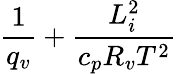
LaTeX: \frac{1}{q_{v}}+\frac{L_{i}^{2}}{c_{p}R_{v}T^{2}}